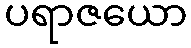
ပရာဇယော